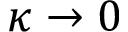
\kappa \rightarrow 0